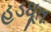
હડઘૂત